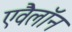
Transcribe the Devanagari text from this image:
एवैलॉन